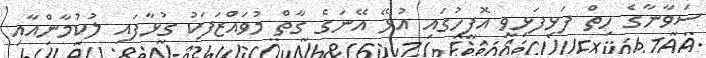
ސަވާނާގެ ހިތް ފަޅިފަޅިވީ އޮފީހުގައި އުޅޭ އޭނަގެ ގާތް މުވައްޒަފަކު ގުޅާފައި ލުކުމާންއާއި